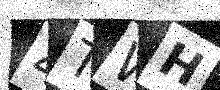
Text: 4TWH